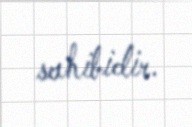
sahibidir.